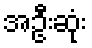
အဦးဆုံး